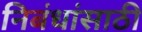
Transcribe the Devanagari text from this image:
निबंधांसाठी